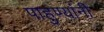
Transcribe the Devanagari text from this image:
पाहुण्यांनी